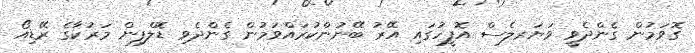
ގޮވަމުން ގެންދެވީ ވަޔަރލެސް އޮފީހުގައި އޭރު ބޭނުންކުރައްވަމުން ގެންދެވި ޑޮލްފިން މަރުކާގެ ރޭޑިއޯ